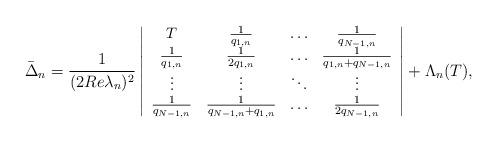
LaTeX: \begin{align*}\small\bar{\Delta}_n=\small\frac{1}{(2Re\lambda_n)^2}\left|\begin{array}{cccc}T & \frac{1}{q_{1,n}}&\ldots &\frac{1}{q_{N-1,n}}\\\frac{1}{q_{1,n}}& \frac{1}{2q_{1,n}}&\ldots &\frac{1}{q_{1,n}+q_{N-1,n}}\\\vdots& \vdots& \ddots& \vdots\\\frac{1}{q_{N-1,n}}&\frac{1}{q_{N-1,n}+q_{1,n}}& \ldots& \frac{1}{2q_{N-1,n}}\end{array}\right|+\Lambda_n(T),\end{align*}